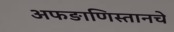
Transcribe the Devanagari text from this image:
अफङाणिस्तानचे